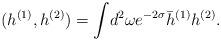
LaTeX: \begin{align*}(h^{(1)}, h^{(2)}) = \int \! d^{2}\omega e^{-2\sigma} \bar{h}^{(1)} h^{(2)}.\end{align*}